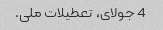
4 جولای، تعطیلات ملی.